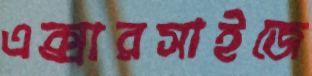
এক্সারসাইজে